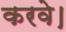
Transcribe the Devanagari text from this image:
करवे।